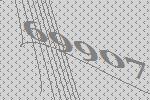
69907